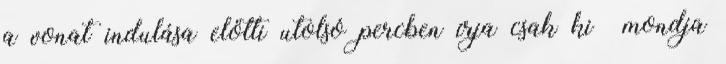
a vonat indulása előtti utolsó percben írja csak ki mondja